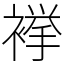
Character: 𧜎